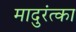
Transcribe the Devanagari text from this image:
मादुरंत्का